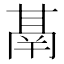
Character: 𮫙